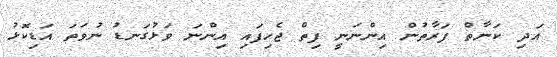
އަދި ކަނާތް ފަރާތުން އިންނަނީ ފިތް ޖެހިފައި އިންނަ ވަޅުގަނޑު ނުވަތަ އަޑިކޮޅު